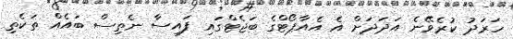
ހަރަދު ކުރެވޭނެ އަދަދަށް އެ އެއާޕޯޓްގެ ބަޖެޓްގައި ފައިސާ ނެތިސް ބައެއް ތަކެތި